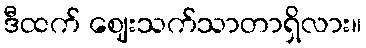
ဒီထက် ဈေးသက်သာတာရှိလား။